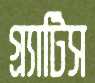
গ্র্যাটিস